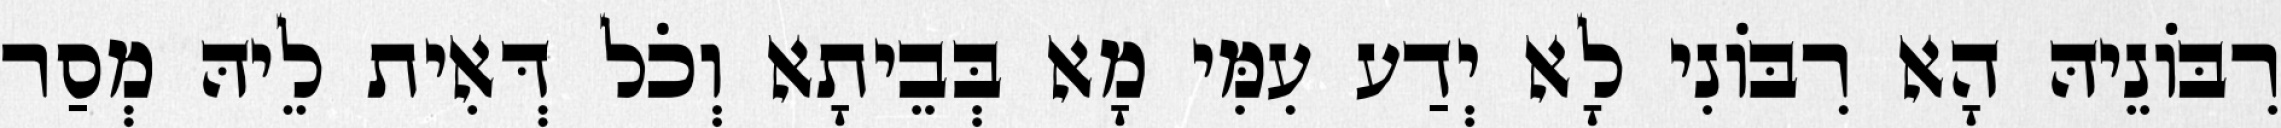
רִבּוֹנֵיהּ הָא רִבּוֹנִי לָא יְדַע עִמִּי מָא בְּבֵיתָא וְכֹל דְּאִית לֵיהּ מְסַר